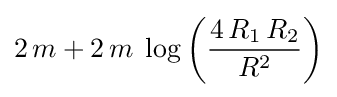
2\,m+2\,m\;\log \left({\frac {4\,R_{1}\,R_{2}}{R^{2}}}\right)